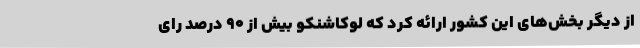
از دیگر بخش‌های این کشور ارائه کرد که لوکاشنکو بیش از 90 درصد رای